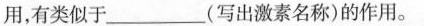
用，有类似于_____(写出激素名称)的作用。